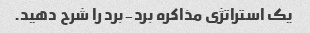
یک استراتژی مذاکره برد-برد را شرح دهید.